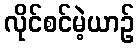
လိုင်စင်မဲ့ယာဉ်